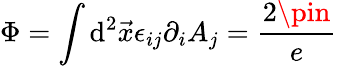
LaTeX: \Phi=\int\mathrm{d}^{2}\vec{{x}}\epsilon_{ij}\partial_{i}A_{j}=\frac{{2\pin}}{{e}}